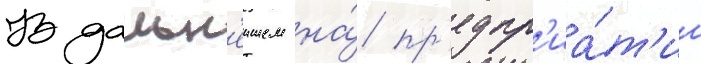
В дальн'еишем на́ пр'едпр'иа́т'ии